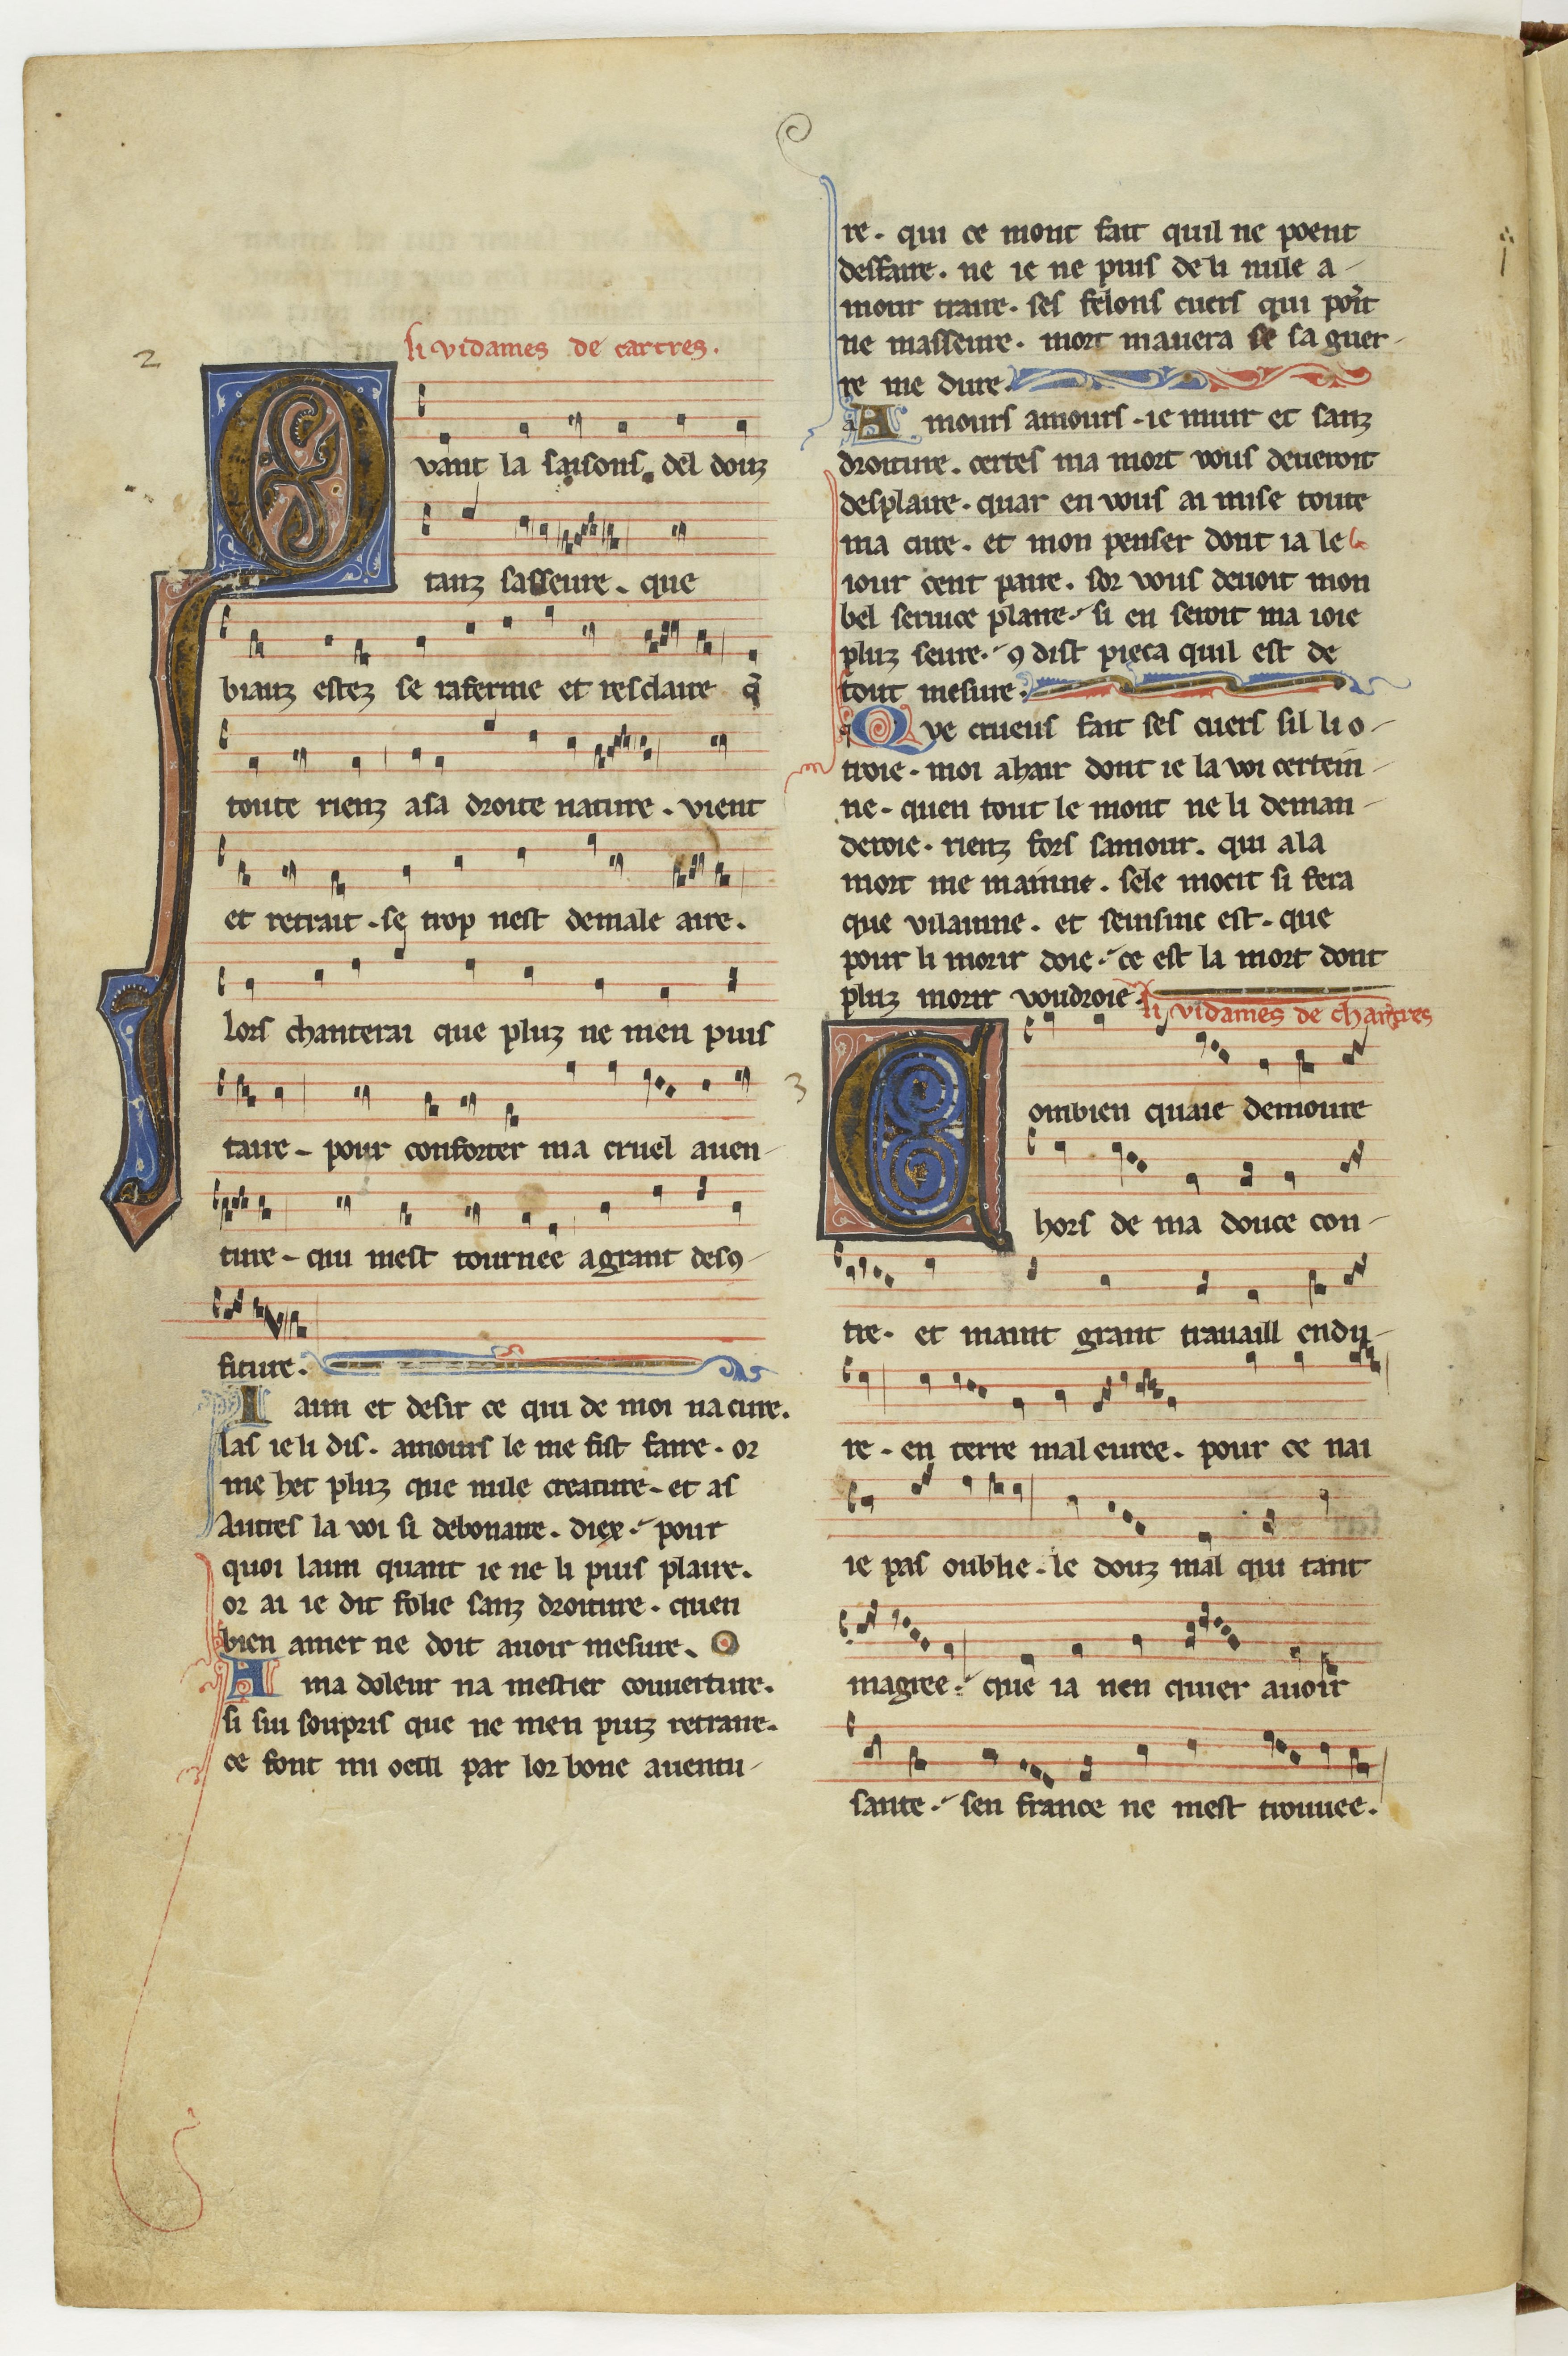
Shelfmark: Paris, BnF, fr. 844
Century: 13